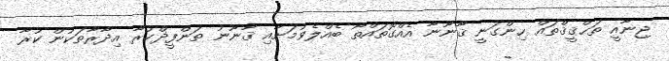
ޖިނާއީ ތަޙްޤީޤްތައް ހިންގަނީ ޤާނޫނާ އެއްގޮތައްތޯ ބެއްލެވުމަށާއި ޤާނޫނު ތަންފީޛްކުރާ އިދާރާތަކުން ކުރާ